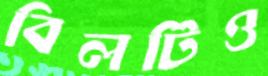
বিলটিও